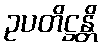
ဥပတိဋ္ဌန္တိ